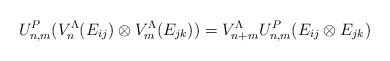
\begin{align*} U^P_{n,m}(V_{n}^{\Lambda}(E_{ij}) \otimes V_{m}^{\Lambda}(E_{jk})) = V_{n+m}^{\Lambda} U^P_{n,m}(E_{ij} \otimes E_{jk})\end{align*}